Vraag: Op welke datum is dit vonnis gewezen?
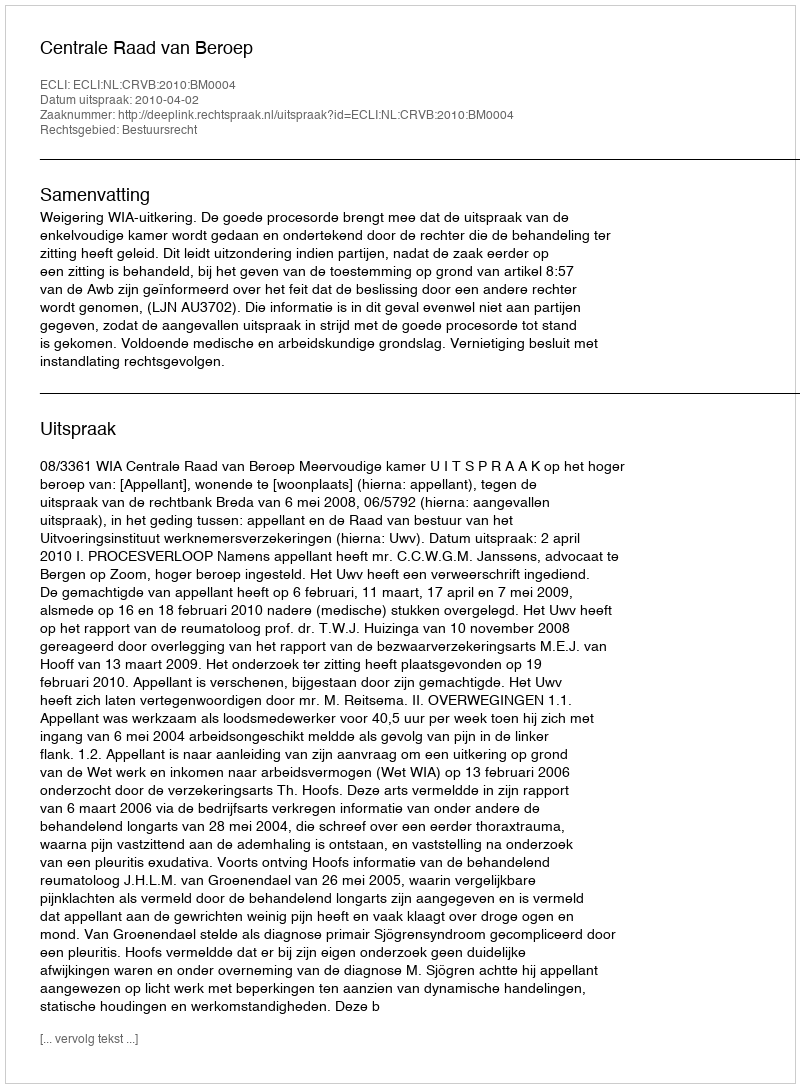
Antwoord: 2010-04-02